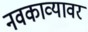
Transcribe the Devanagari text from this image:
नवकाव्यावर